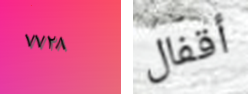
٧٧٢٨ أقفال